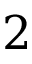
2